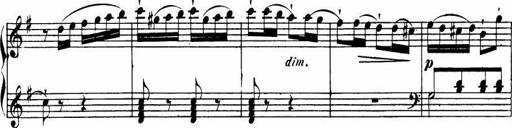
Title: Le bouquetier
Composer: Anton Diabelli
Key: G major
 C major
 F major
 C major